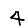
Digit: 4